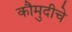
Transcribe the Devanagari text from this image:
कौमुदीचे